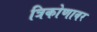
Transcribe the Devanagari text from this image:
त्रिकोणावर